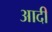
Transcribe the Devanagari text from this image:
अादी